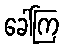
ခေါ်ကြ